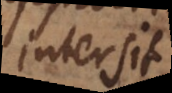
intersit